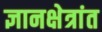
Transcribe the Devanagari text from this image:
ज्ञानक्षेत्रांत